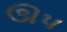
ઊપ